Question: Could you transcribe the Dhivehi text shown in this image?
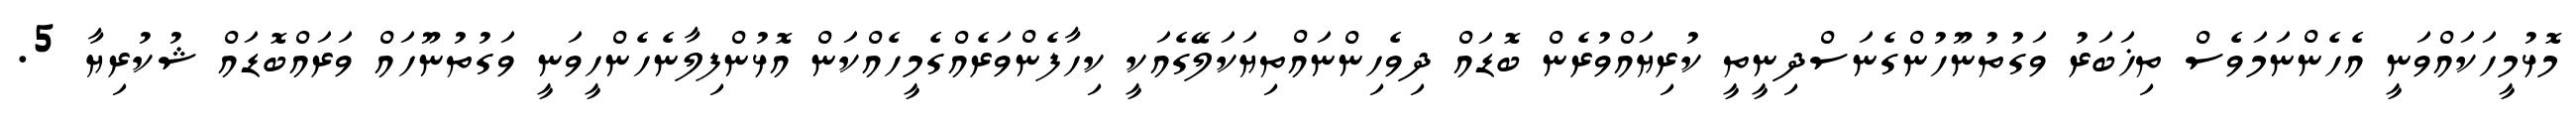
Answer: މޮޅުމީހަކައްވަނީ އެހެންނަމަވެސް ތިޚަބަރު ވަގުތުނޫހުންގެނަސްދިނީތީ ކުރިޔައްވުރެން ބޮޑައް ދިވެހިންނައްތިޔަކަލޭގެއަކީ ކިހާފެންވަރެއްގެމީހެއްކަން އޮޅުންފިލާނެހެންހީވަނީ ވަގުތުނޫހައް ވަރައްބޮޑައް ޝުކުރިޔާ 5.